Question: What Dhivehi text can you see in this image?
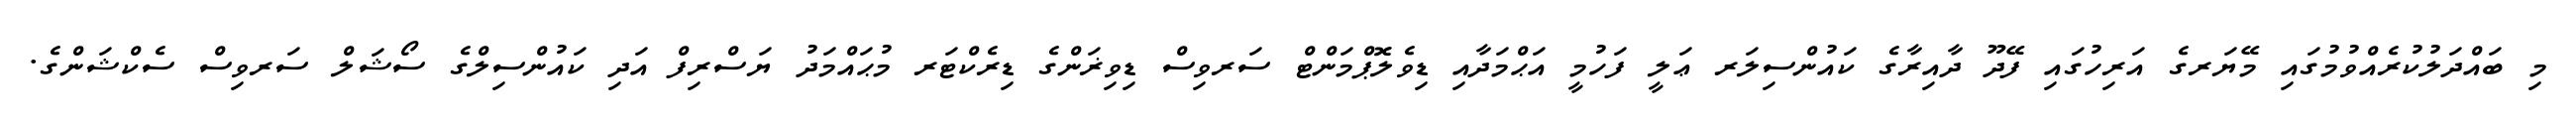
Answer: މި ބައްދަލުކުރެއްވުމުގައި މޭޔަރގެ އަރިހުގައި ފޭދޫ ދާއިރާގެ ކައުންސިލަރ ޢަލީ ފަހުމީ އަޙްމަދާއި ޑިވެލޮޕްމަންޓް ސަރވިސް ޑިވިޜަންގެ ޑިރެކްޓަރ މުޙައްމަދު ޔަސްރިފް އަދި ކައުންސިލްގެ ސޯޝަލް ސަރވިސް ސެކްޝަންގެ.